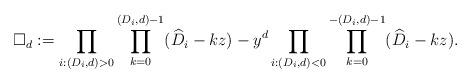
LaTeX: \begin{align*}\Box_d := \prod_{i: (D_i, d) > 0} \prod_{k=0}^{(D_i,d)-1} (\widehat{D} _i - kz) - y^d \prod_{i: (D_i, d) < 0} \prod_{k=0}^{-(D_i,d)-1} (\widehat{D} _i - kz).\end{align*}